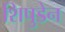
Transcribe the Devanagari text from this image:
शिपुडेन